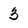
Character: 3